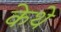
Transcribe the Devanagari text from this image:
केथे